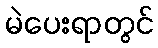
မဲပေးရာတွင်